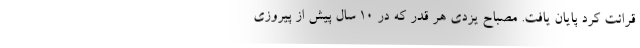
قرائت کرد پایان یافت. مصباح یزدی هر قدر که در 10 سال پیش از پیروزی